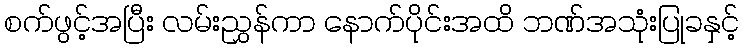
စက်ဖွင့်အပြီး လမ်းညွှန်ကာ နောက်ပိုင်းအထိ ဘဏ်အသုံးပြုခနှင့်